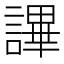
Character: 𧫤